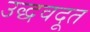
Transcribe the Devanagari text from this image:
उद्धवदूत